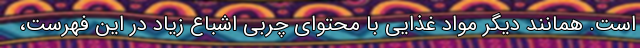
است. همانند دیگر مواد غذایی با محتوای چربی اشباع زیاد در این فهرست،